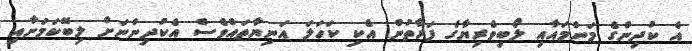
އެ ކުދިންގެ މަންމައާއި ލޯބިވެރިޔާގެ ފަރާތުން އެކި ކަހަލަ އަނިޔާތައްވެސް އެކުދިންނަށް ލިބޭކަމަށާއި